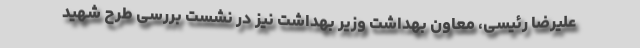
علیرضا رئیسی، معاون بهداشت وزیر بهداشت نیز در نشست بررسی طرح شهید